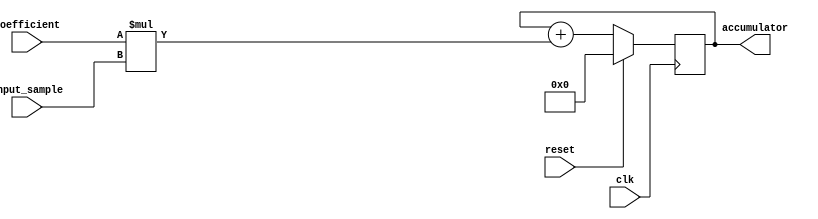
module fir_accumulator (
    input wire clk,
    input wire reset,
    input wire signed [7:0] coefficient,
    input wire signed [7:0] input_sample,
    output reg signed [15:0] accumulator
);

always @(posedge clk) begin
    if (reset) begin
        accumulator <= 16'b0;
    end else begin
        accumulator <= accumulator + (coefficient * input_sample);
    end
end

endmodule